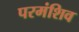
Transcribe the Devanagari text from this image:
परमंशिव